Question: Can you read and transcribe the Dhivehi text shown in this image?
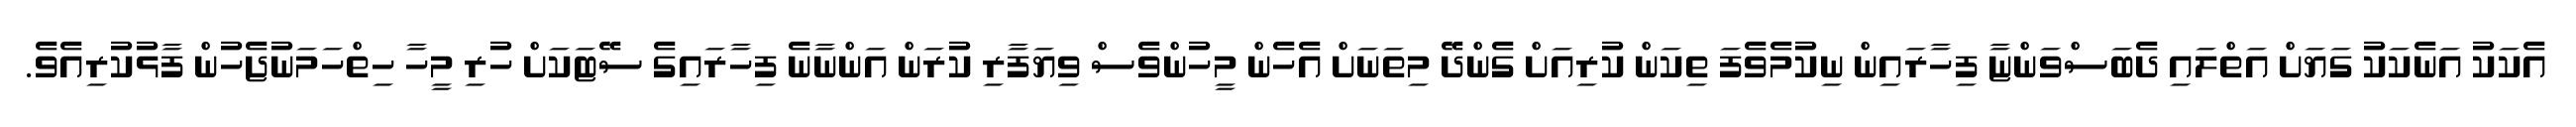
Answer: އެކަކު އަނެކަކު ގަޔަށް އަތްލައި ދެބަސްވަންޏާ ފިހާރައިން ނިކުމެވެފަ ތިކަން ކުރިއަށް ގެންދޭ މިތަނަށް އެހެން މީހުންވެސް ވިޔަފާރި ކުރަން އަންނާނެ ފިހާރައިގެ ސޭޓަކަށް ހުރި މީހާ ހިތްހަމަނުޖެހުން ފާޅުކުރިއެވެ.